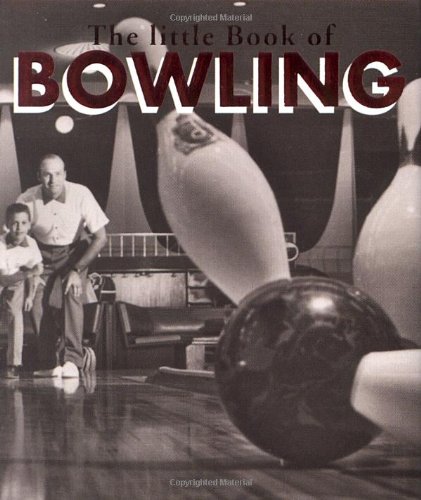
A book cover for The Little Book Of Bowling (Running Press Miniature Editions); F. Travis Boley; Sports & Outdoors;